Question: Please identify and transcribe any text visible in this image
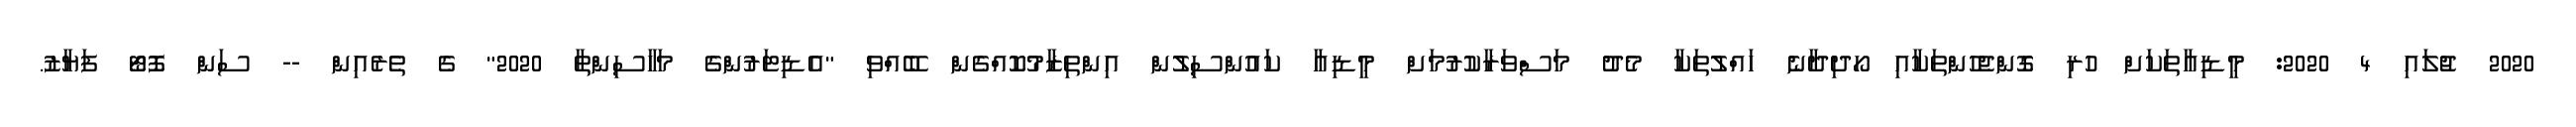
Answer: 2020 ޖުލައި 4 2020: މީޑިއާތަކަށް ހުރި ގޮންޖެހުންތަކާއި ހޯދިދާނެ ހައްލުތަކާ މެދު މަސްވަރާކުރުމަށް މީޑިއާ ކައުންސިލުން އިންތިޒާމުކޮއްގެން ބޭއްވި "އެޑިޓަރުންގެ މަހާސިންތާ 2020" ގެ ތެރެއިން -- ސަން ފޮޓޯ ފަޔާޒު.